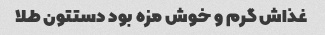
غذاش گرم و خوش مزه بود دستتون طلا